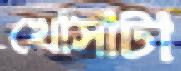
খোসাটা